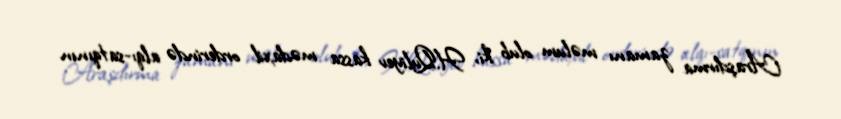
Araşdırma zamanı məlum olub ki, H.Quliyev kassa mədaxil orderində alqı-satqının